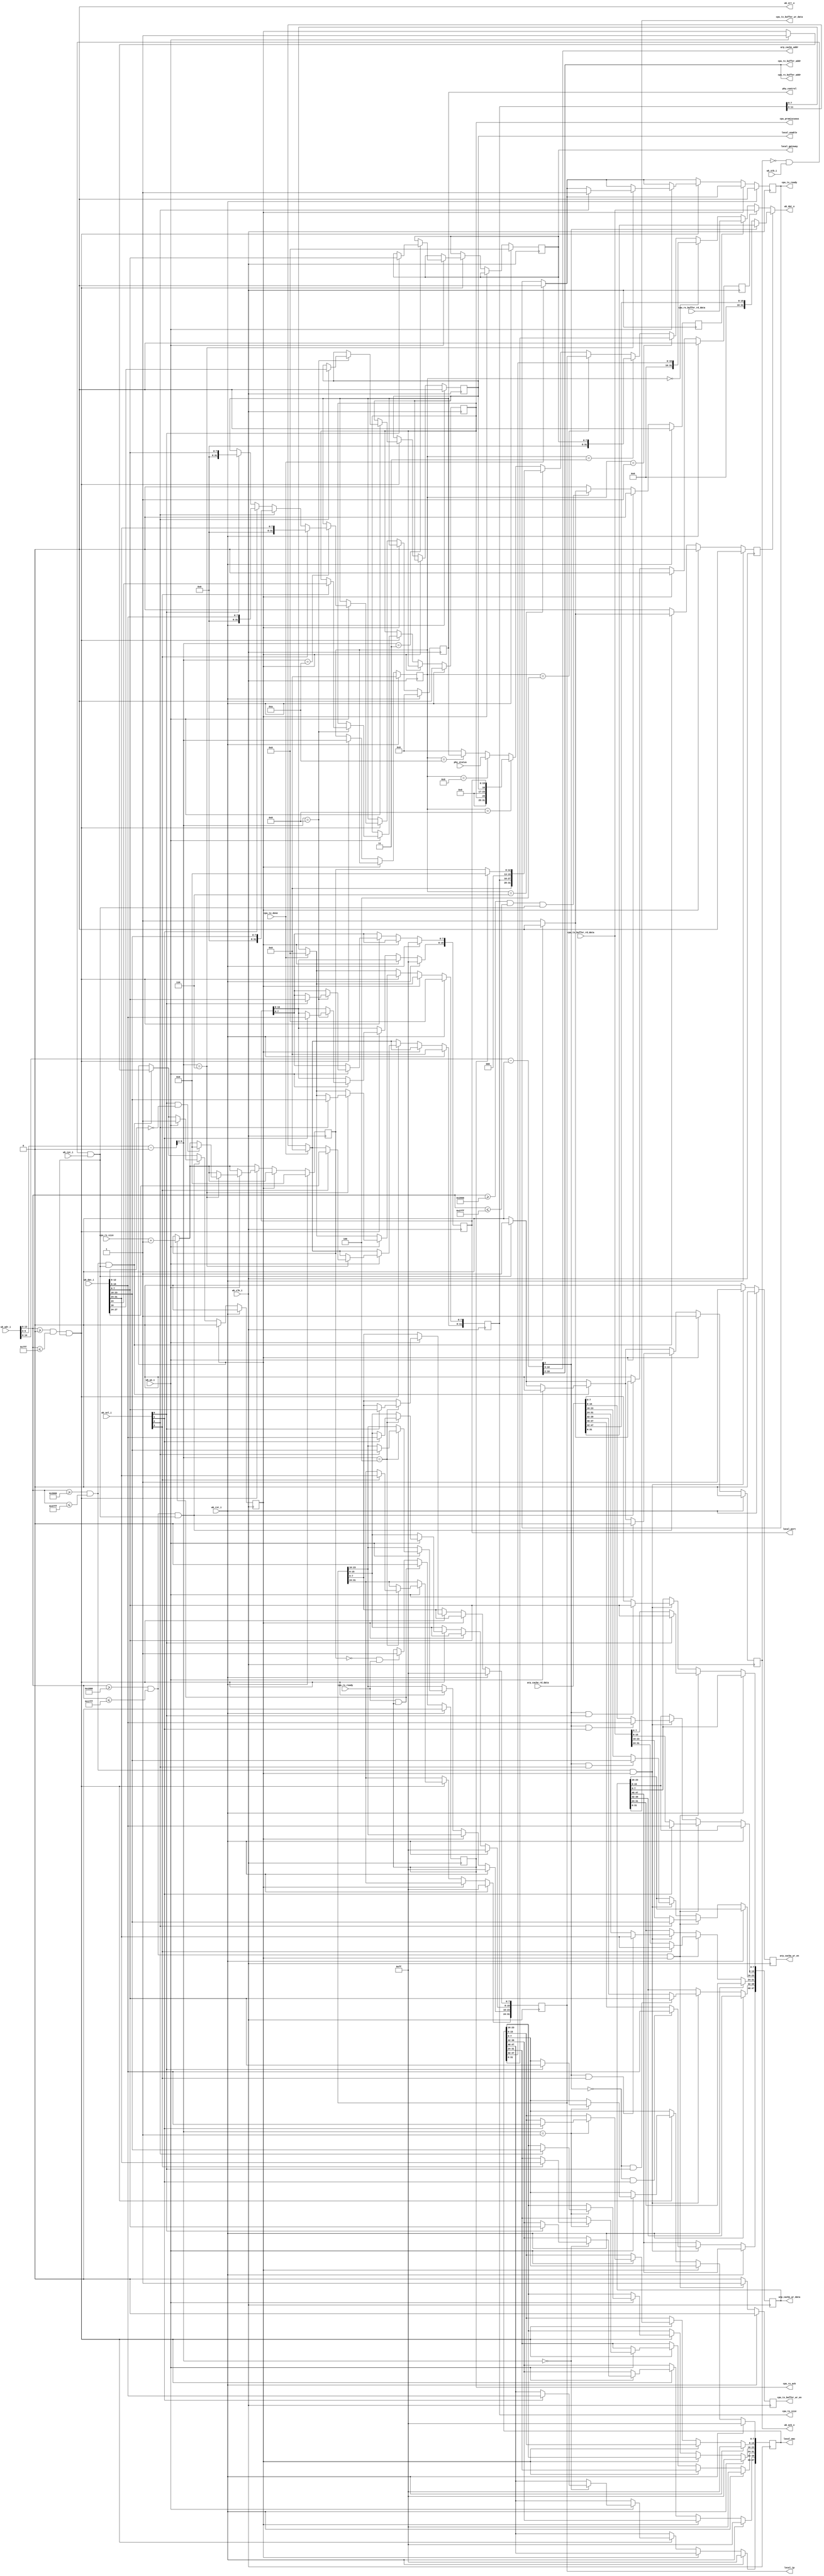
`timescale 1ns/1ps
module gbe_cpu_attach #(
    parameter LOCAL_MAC       = 48'hffff_ffff_ffff,
    parameter LOCAL_IP        = 32'hffff_ffff,
    parameter LOCAL_PORT      = 16'hffff,
    parameter LOCAL_GATEWAY   = 8'd0,
    parameter LOCAL_ENABLE    = 0,
    parameter CPU_PROMISCUOUS = 0,
    parameter PHY_CONFIG      = 32'd0
  )(
    //WB attachment
    input         wb_clk_i,
    input         wb_rst_i,
    input         wb_stb_i,
    input         wb_cyc_i,
    input         wb_we_i,
    input  [31:0] wb_adr_i,
    input  [31:0] wb_dat_i,
    input   [3:0] wb_sel_i,
    output [31:0] wb_dat_o,
    output        wb_err_o,
    output        wb_ack_o,
    //local registers
    output        local_enable,
    output [47:0] local_mac,
    output [31:0] local_ip,
    output [15:0] local_port,
    output  [7:0] local_gateway,
    output        cpu_promiscuous,
    //ARP Cache
    output  [7:0] arp_cache_addr,
    input  [47:0] arp_cache_rd_data,
    output [47:0] arp_cache_wr_data,
    output        arp_cache_wr_en,
    //rx_buffer bits
    output  [8:0] cpu_rx_buffer_addr,
    input  [31:0] cpu_rx_buffer_rd_data,
    input  [11:0] cpu_rx_size,
    output        cpu_rx_ack,
    input         cpu_rx_ready,
    //tx_buffer bits
    output  [8:0] cpu_tx_buffer_addr,
    input  [31:0] cpu_tx_buffer_rd_data,
    output [31:0] cpu_tx_buffer_wr_data,
    output        cpu_tx_buffer_wr_en,
    output [11:0] cpu_tx_size,
    output        cpu_tx_ready,
    input         cpu_tx_done,
    //phy status
    input  [31:0] phy_status,
    //phy control
    output [31:0] phy_control
  );


  /************* Generic Bus Assignments *************/

  wire        cpu_clk = wb_clk_i;
  wire        cpu_rst = wb_rst_i;

  wire  [3:0] cpu_sel   = wb_sel_i;
  wire        cpu_rnw   = !wb_we_i;
  wire        cpu_trans = !wb_ack_o && wb_stb_i && wb_cyc_i; 
  wire [13:0] cpu_addr  = wb_adr_i[13:0];
  wire [31:0] cpu_din   = wb_dat_i;

  wire        cpu_ack;
  wire        cpu_err;
  wire [31:0] cpu_dout;
  assign wb_ack_o = cpu_ack;
  assign wb_err_o = cpu_err;
  assign wb_dat_o = cpu_dout;

  /************* CPU Address Decoding *************/

  localparam REGISTERS_OFFSET = 32'h0000;
  localparam REGISTERS_HIGH   = 32'h07FF;
  localparam TX_BUFFER_OFFSET = 32'h1000;
  localparam TX_BUFFER_HIGH   = 32'h17FF;
  localparam RX_BUFFER_OFFSET = 32'h2000;
  localparam RX_BUFFER_HIGH   = 32'h27FF;
  localparam ARP_CACHE_OFFSET = 32'h3000;
  localparam ARP_CACHE_HIGH   = 32'h37FF;

  wire reg_sel   = (cpu_addr >= REGISTERS_OFFSET) && (cpu_addr <= REGISTERS_HIGH);
  wire rxbuf_sel = (cpu_addr >= RX_BUFFER_OFFSET) && (cpu_addr <= RX_BUFFER_HIGH);
  wire txbuf_sel = (cpu_addr >= TX_BUFFER_OFFSET) && (cpu_addr <= TX_BUFFER_HIGH);
  wire arp_sel   = (cpu_addr >= ARP_CACHE_OFFSET) && (cpu_addr <= ARP_CACHE_HIGH);

  wire [31:0] reg_addr   = cpu_addr - REGISTERS_OFFSET;
  wire [31:0] rxbuf_addr = cpu_addr - RX_BUFFER_OFFSET;
  wire [31:0] txbuf_addr = cpu_addr - TX_BUFFER_OFFSET;
  wire [31:0] arp_addr   = cpu_addr - ARP_CACHE_OFFSET;

  /************** Registers ****************/
  
  localparam REG_LOCAL_MAC_1   = 4'd0;
  localparam REG_LOCAL_MAC_0   = 4'd1;
  localparam REG_LOCAL_GATEWAY = 4'd3;
  localparam REG_LOCAL_IPADDR  = 4'd4;
  localparam REG_BUFFER_SIZES  = 4'd6;
  localparam REG_VALID_PORTS   = 4'd8;
  localparam REG_PHY_STATUS    = 4'd9;
  localparam REG_PHY_CONTROL   = 4'd10;

  reg [47:0] local_mac_reg;
  reg [31:0] local_ip_reg;
  reg  [7:0] local_gateway_reg;
  reg [15:0] local_port_reg;
  reg        local_enable_reg;
  reg        cpu_promiscuous_reg;
  reg [31:0] phy_control_reg;

  assign local_mac         = local_mac_reg;
  assign local_ip          = local_ip_reg;
  assign local_gateway     = local_gateway_reg;
  assign local_port        = local_port_reg;
  assign local_enable      = local_enable_reg;
  assign cpu_promiscuous   = cpu_promiscuous_reg;
  assign phy_control       = phy_control_reg;

  reg use_arp_data, use_tx_data, use_rx_data;

  reg [3:0] cpu_data_src;

  /* RX/TX Buffer Control regs */

  reg [12:0] cpu_rx_size_reg;
  reg [11:0] cpu_tx_size_reg;
  reg        cpu_tx_ready_reg;
  reg        cpu_rx_ack_reg;
  assign cpu_tx_size  = cpu_tx_size_reg;
  assign cpu_tx_ready = cpu_tx_ready_reg;
  assign cpu_rx_ack   = cpu_rx_ack_reg;

  reg cpu_wait;
  reg cpu_ack_reg;

  always @(posedge cpu_clk) begin
    //strobes
    cpu_ack_reg      <= 1'b0;
    use_arp_data     <= 1'b0;
    use_tx_data      <= 1'b0;
    use_rx_data      <= 1'b0;

    /* When the udp wrapper has sent the packet we tell the user by clearing 
       the size register */
    if (cpu_tx_done) begin
      cpu_tx_size_reg  <= 12'd0;
      cpu_tx_ready_reg <= 1'b0;
    end

    /* The size will be set to zero when the double buffer is swapped */
    if (cpu_rx_size_reg == 13'h0 && cpu_rx_ready) begin
      cpu_rx_ack_reg  <= 1'b1;
    end

    if (cpu_rx_ready && cpu_rx_ack_reg) begin
      cpu_rx_size_reg <= cpu_rx_size + 1;
      cpu_rx_ack_reg  <= 1'b0;
    end

    if (cpu_rst) begin
      cpu_rx_size_reg   <= 13'b0;
      cpu_tx_ready_reg  <= 1'b0;

      cpu_data_src      <= 4'b0;

      local_mac_reg     <= LOCAL_MAC;
      local_ip_reg      <= LOCAL_IP;
      local_gateway_reg <= LOCAL_GATEWAY;
      local_port_reg    <= LOCAL_PORT;
      local_enable_reg  <= LOCAL_ENABLE;

      cpu_tx_size_reg   <= 12'd0;

      cpu_rx_ack_reg    <= 1'b0;

      phy_control_reg   <= PHY_CONFIG;

      cpu_wait          <= 1'b0;

      cpu_promiscuous_reg <= CPU_PROMISCUOUS;

    end else if (cpu_wait) begin
      cpu_wait <= 1'b0;
      cpu_ack_reg  <= 1'b1;
    end else begin

      if (cpu_trans)
        cpu_ack_reg <= 1'b1;

      // ARP Cache
      if (arp_sel && cpu_trans) begin 
        if (!cpu_rnw) begin
          cpu_ack_reg  <= 1'b0;
          cpu_wait <= 1'b1;
        end else begin
          use_arp_data <= 1'b1;
        end
      end

      // RX Buffer 
      if (rxbuf_sel && cpu_trans) begin
        if (!cpu_rnw) begin
        end else begin
          use_rx_data <= 1'b1;
        end
      end

      // TX Buffer 
      if (txbuf_sel && cpu_trans) begin
        if (!cpu_rnw) begin
          cpu_ack_reg  <= 1'b0;
          cpu_wait <= 1'b1;
        end else begin
          use_tx_data <= 1'b1;
        end
      end

      // registers
      if (reg_sel && cpu_trans) begin
        cpu_data_src <= reg_addr[5:2];
        if (!cpu_rnw) begin
          case (reg_addr[5:2])
            REG_LOCAL_MAC_1: begin
              if (cpu_sel[0])
                local_mac_reg[39:32] <= cpu_din[7:0];
              if (cpu_sel[1])
                local_mac_reg[47:40] <= cpu_din[15:8];
            end
            REG_LOCAL_MAC_0: begin
              if (cpu_sel[0])
                local_mac_reg[7:0]   <= cpu_din[7:0];
              if (cpu_sel[1])
                local_mac_reg[15:8]  <= cpu_din[15:8];
              if (cpu_sel[2])
                local_mac_reg[23:16] <= cpu_din[23:16];
              if (cpu_sel[3])
                local_mac_reg[31:24] <= cpu_din[31:24];
            end
            REG_LOCAL_GATEWAY: begin
              if (cpu_sel[0])
                local_gateway_reg[7:0] <= cpu_din[7:0];
            end
            REG_LOCAL_IPADDR: begin
              if (cpu_sel[0])
                local_ip_reg[7:0]   <= cpu_din[7:0];
              if (cpu_sel[1])
                local_ip_reg[15:8]  <= cpu_din[15:8];
              if (cpu_sel[2])
                local_ip_reg[23:16] <= cpu_din[23:16];
              if (cpu_sel[3])
                local_ip_reg[31:24] <= cpu_din[31:24];
            end
            REG_BUFFER_SIZES: begin
              if (cpu_sel[0] && cpu_din[12:0] == 8'b0) begin
                cpu_rx_size_reg <= 13'h0;
              end
              if (cpu_sel[2]) begin
                cpu_tx_size_reg[7:0]  <= cpu_din[23:16];
                cpu_tx_ready_reg <= 1'b1;
              end
              if (cpu_sel[3]) begin
                cpu_tx_size_reg[11:8]  <= cpu_din[27:24];
              end
            end
            REG_VALID_PORTS: begin
              if (cpu_sel[0])
                local_port_reg[7:0]  <= cpu_din[7:0];
              if (cpu_sel[1])
                local_port_reg[15:8] <= cpu_din[15:8];
              if (cpu_sel[2])
                local_enable_reg     <= cpu_din[16];
              if (cpu_sel[3])
                cpu_promiscuous_reg  <= cpu_din[24];
            end
            REG_PHY_STATUS: begin
            end
            REG_PHY_CONTROL: begin
              if (cpu_sel[0])
                phy_control_reg <= cpu_din[7:0];
              if (cpu_sel[1])
                phy_control_reg <= cpu_din[15:8];
              if (cpu_sel[2])
                phy_control_reg <= cpu_din[23:16];
              if (cpu_sel[3])
                phy_control_reg <= cpu_din[31:24];
            end
            default: begin
            end
          endcase
        end
      end
    end
  end

  /********* Handle memory interfaces ***********/

  reg arp_cache_we, tx_buffer_we;

  reg [47:0] write_data; //write data for all three buffers

  always @(posedge cpu_clk) begin
    //strobes
    arp_cache_we <= 1'b0;
    tx_buffer_we <= 1'b0;

    if (cpu_rst) begin
    end else begin
      //populate write_data according to wishbone transaction info & contents
      //of memory
      if (arp_sel && cpu_wait) begin
        arp_cache_we <= 1'b1;

        write_data[ 7: 0] <= arp_addr[2] == 1'b1 & cpu_sel[0] ? cpu_din[ 7: 0] : arp_cache_rd_data[ 7: 0]; 
        write_data[15: 8] <= arp_addr[2] == 1'b1 & cpu_sel[1] ? cpu_din[15: 8] : arp_cache_rd_data[15: 8]; 
        write_data[23:16] <= arp_addr[2] == 1'b1 & cpu_sel[2] ? cpu_din[23:16] : arp_cache_rd_data[23:16]; 
        write_data[31:24] <= arp_addr[2] == 1'b1 & cpu_sel[3] ? cpu_din[31:24] : arp_cache_rd_data[31:24]; 
        write_data[39:32] <= arp_addr[2] == 1'b0 & cpu_sel[0] ? cpu_din[ 7: 0] : arp_cache_rd_data[39:32]; 
        write_data[47:40] <= arp_addr[2] == 1'b0 & cpu_sel[1] ? cpu_din[15: 8] : arp_cache_rd_data[47:40]; 
      end
      if (txbuf_sel && cpu_wait) begin
        tx_buffer_we <= 1'b1;

        write_data[7:0]   <= cpu_sel[0] ? cpu_din[ 7: 0] : cpu_tx_buffer_rd_data[ 7: 0];
        write_data[15:8]  <= cpu_sel[1] ? cpu_din[15: 8] : cpu_tx_buffer_rd_data[15: 8];
        write_data[23:16] <= cpu_sel[2] ? cpu_din[23:16] : cpu_tx_buffer_rd_data[23:16]; 
        write_data[31:24] <= cpu_sel[3] ? cpu_din[31:24] : cpu_tx_buffer_rd_data[31:24]; 
      end
    end
  end

  // memory assignments
  assign arp_cache_addr        = arp_addr[10:3];
  assign arp_cache_wr_data     = write_data;
  assign arp_cache_wr_en       = arp_cache_we;

  assign cpu_tx_buffer_addr    = txbuf_addr[10:2];
  assign cpu_tx_buffer_wr_data = write_data[31:0];
  assign cpu_tx_buffer_wr_en   = tx_buffer_we;

  assign cpu_rx_buffer_addr    = rxbuf_addr[10:2];

  // select what data to put on the bus
  wire [31:0] arp_data_int = arp_addr[2] == 1'b1 ? arp_cache_rd_data[31:0] : {16'b0, arp_cache_rd_data[47:32]};
  wire [31:0] tx_data_int  = cpu_tx_buffer_rd_data[31:0];
  wire [31:0] rx_data_int  = cpu_rx_buffer_rd_data[31:0];

  wire [31:0] cpu_data_int = cpu_data_src == REG_LOCAL_MAC_1   ? {16'b0, local_mac[47:32]} :
                             cpu_data_src == REG_LOCAL_MAC_0   ? local_mac[31:0] :
                             cpu_data_src == REG_LOCAL_GATEWAY ? {24'b0, local_gateway} :
                             cpu_data_src == REG_LOCAL_IPADDR  ? local_ip[31:0] :
                             cpu_data_src == REG_BUFFER_SIZES  ? {4'b0, cpu_tx_size, {3'b0, cpu_rx_ack ? 13'b0 : cpu_rx_size_reg}} :
                             cpu_data_src == REG_VALID_PORTS   ? {7'b0, cpu_promiscuous_reg, 7'b0, local_enable, local_port} :
                             cpu_data_src == REG_PHY_STATUS    ? phy_status :
                             cpu_data_src == REG_PHY_CONTROL   ? phy_control :
                                                                 32'b0;
  assign cpu_dout = use_arp_data ? arp_data_int :
                    use_tx_data  ? tx_data_int  :
                    use_rx_data  ? rx_data_int  :
                                   cpu_data_int;

  assign cpu_err   = 1'b0;
  assign cpu_ack   = cpu_ack_reg;

endmodule